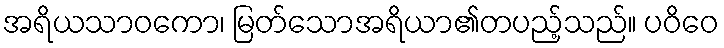
အရိယသာဝကော၊ မြတ်သောအရိယာ၏တပည့်သည်။ ပဝိဝေ